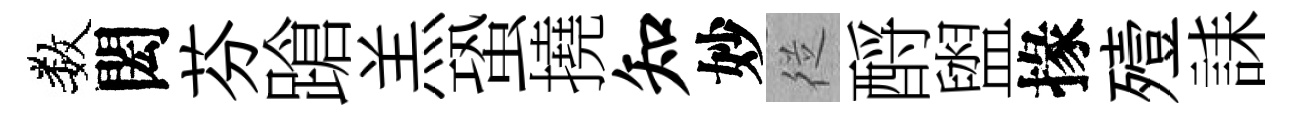
数閎芬蹌羔蛩撓知妙従酹盥掾殪誄